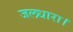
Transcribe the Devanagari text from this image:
जलधारा।